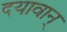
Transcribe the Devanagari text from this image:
दयावान्